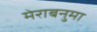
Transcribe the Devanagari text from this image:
मेराबनुमा